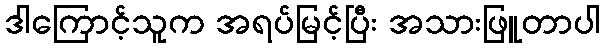
ဒါကြောင့်သူက အရပ်မြင့်ပြီး အသားဖြူတာပါ